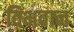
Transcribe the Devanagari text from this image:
विभवान